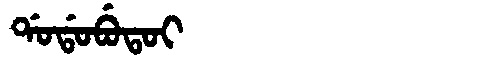
Manchu: ᡩᠣᡩᠣᠪᡠᡨᠣᡳ
Romanization: DODOBUTOI